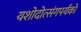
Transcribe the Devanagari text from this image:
यशोदोत्संगपर्यंको